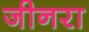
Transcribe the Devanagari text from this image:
जीनरा